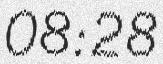
08:28